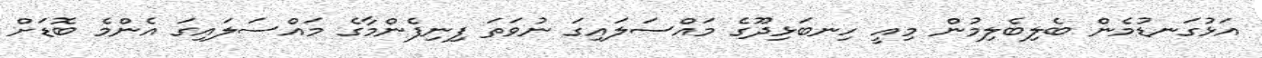
އަޅުގަނޑުމެން ބެލިބެލިމުން މިއީ ހިނބަޅިދޫގެ މައްސަލައިގަ ނުވަތަ ފިނިފެންމާގެ މައްސަލައިގަ އެންމެ ބޮޑަށް